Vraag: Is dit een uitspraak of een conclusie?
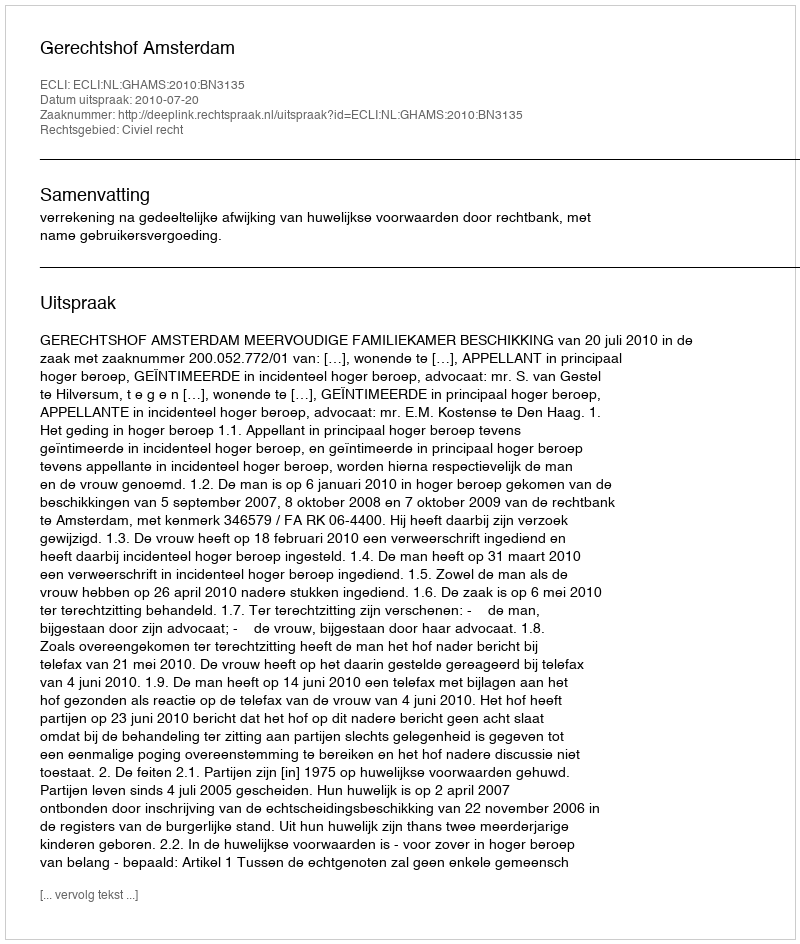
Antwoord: Uitspraak